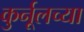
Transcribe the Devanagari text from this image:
कुर्नूलच्या